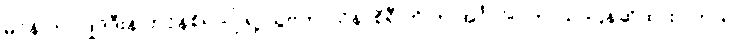
မင်န် ဟာဂျုဒ်ဒီးန် ဘင်န်စိရာဂျ် ရဲ့ သွဗကာသိနာစိရီ ကို က အင်္ဂလိပ် ဘာသာပြန်ဆိုထားပါတယ်။